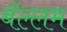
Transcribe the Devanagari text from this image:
बॅल्लम